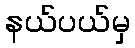
နယ်ပယ်မှ